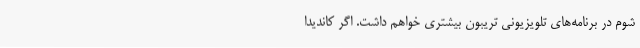
شوم در برنامه‌های تلویزیونی تریبون بیشتری خواهم داشت. اگر کاندیدا